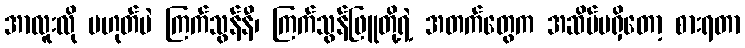
အာလူးလို မဟုတ်ပဲ ကြက်သွန်နီ၊ ကြက်သွန်ဖြူတို့ရဲ့ အတက်တွေက အဆိပ်မရှိတော့ စားရတာ